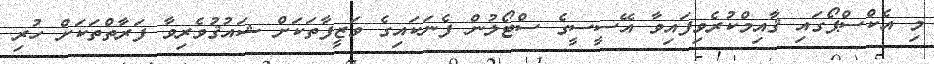
މި އެކްސްޕޯގައި ޤާއިމްކުރެވިފައިވާ އޭސީސީގެ ސްޓޯލުން ފެނަކައިގެ ވަޒީފާތަކަށް ޝައުޤުވެރިވާ ފަރާތްތަކަށް ހުރި